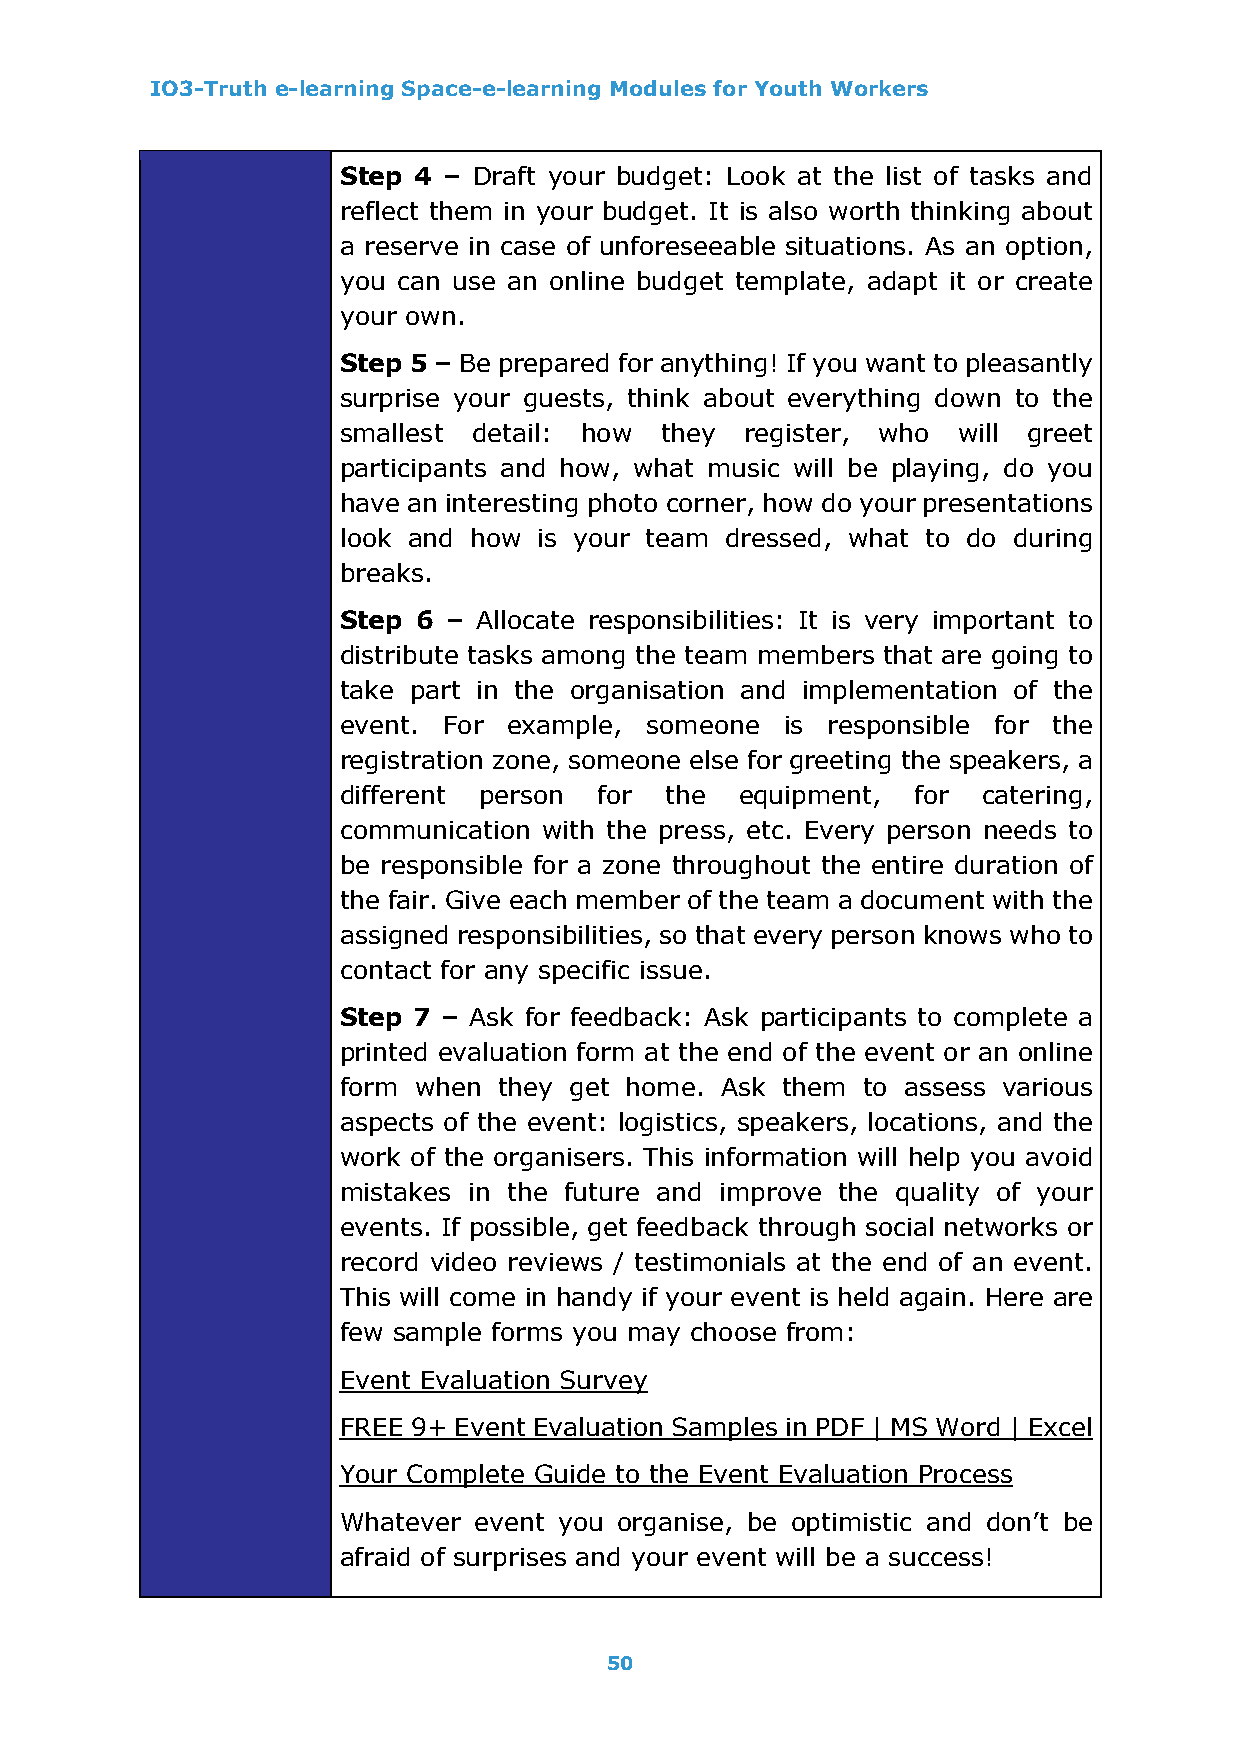
IO3-Truth e-learning Space-e-learning Modules for Youth Workers
 Step 4 – Draft your budget: Look at the list of tasks and
 reflect them in your budget. It is also worth thinking about
 a reserve in case of unforeseeable situations. As an option,
 you can use an online budget template, adapt it or create
 your own.
 Step 5 – Be prepared for anything! If you want to pleasantly
 surprise your guests, think about everything down to the
 smallest detail: how  they register, who will greet
 participants and how, what music will be playing, do you
 have an interesting photo corner, how do your presentations
 look and how  is your team dressed, what to do during
 breaks.
 Step 6  – Allocate responsibilities: It is very important to
 distribute tasks among the team members that are going to
 take part in the organisation and implementation of the
 event. For  example, someone  is responsible for the
 registration zone, someone else for greeting the speakers, a
 different person  for the  equipment, for  catering,
 communication with the press, etc. Every person needs to
 be responsible for a zone throughout the entire duration of
 the fair. Give each member of the team a document with the
 assigned responsibilities, so that every person knows who to
 contact for any specific issue.
 Step 7 – Ask for feedback: Ask participants to complete a
 printed evaluation form at the end of the event or an online
 form when  they get home. Ask them to assess various
 aspects of the event: logistics, speakers, locations, and the
 work of the organisers. This information will help you avoid
 mistakes in the future and improve the quality of your
 events. If possible, get feedback through social networks or
 record video reviews / testimonials at the end of an event.
 This will come in handy if your event is held again. Here are
 few sample forms you may choose from:
 Event Evaluation Survey
 FREE 9+ Event Evaluation Samples in PDF | MS Word | Excel
 Your Complete Guide to the Event Evaluation Process
 Whatever event you organise, be optimistic and don’t be
 afraid of surprises and your event will be a success!
 50